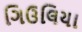
ગિઉલિયા